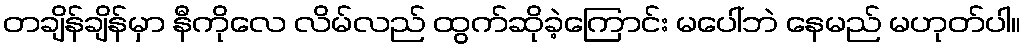
တချိန်ချိန်မှာ နီကိုလေ လိမ်လည် ထွက်ဆိုခဲ့ကြောင်း မပေါ်ဘဲ နေမည် မဟုတ်ပါ။